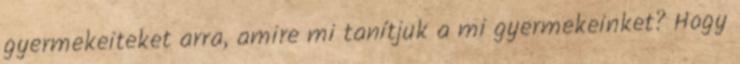
gyermekeiteket arra, amire mi tanítjuk a mi gyermekeinket? Hogy